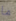
ما